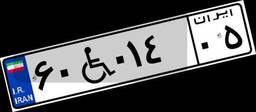
۶۰W۰۱۴۰۵